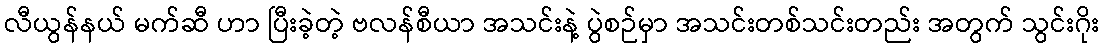
လီယွန်နယ် မက်ဆီ ဟာ ပြီးခဲ့တဲ့ ဗလန်စီယာ အသင်းနဲ့ ပွဲစဉ်မှာ အသင်းတစ်သင်းတည်း အတွက် သွင်းဂိုး